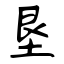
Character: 垦